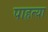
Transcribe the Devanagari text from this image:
पाहत्या